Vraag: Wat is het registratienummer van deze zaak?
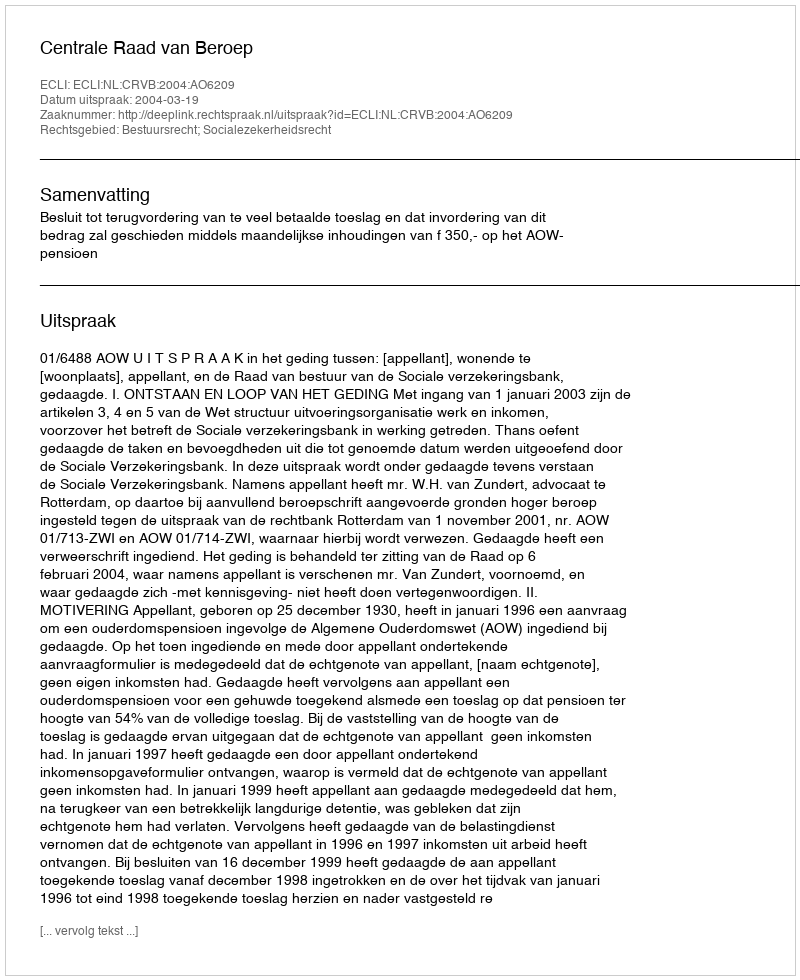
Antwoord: http://deeplink.rechtspraak.nl/uitspraak?id=ECLI:NL:CRVB:2004:AO6209